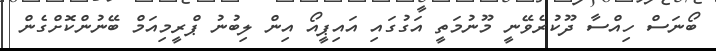
ބޯނަސް ހިއްސާ ދޫކުރެވޭނީ މޫނުމަތީ އަގުގައި އައިޕީއޯ އިން ލިބުނު ޕްރީމިއަމް ބޭނުންކޮށްގެން